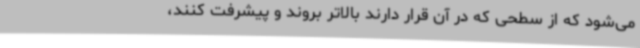
می‌شود که از سطحی که در آن قرار دارند بالاتر بروند و پیشرفت کنند،